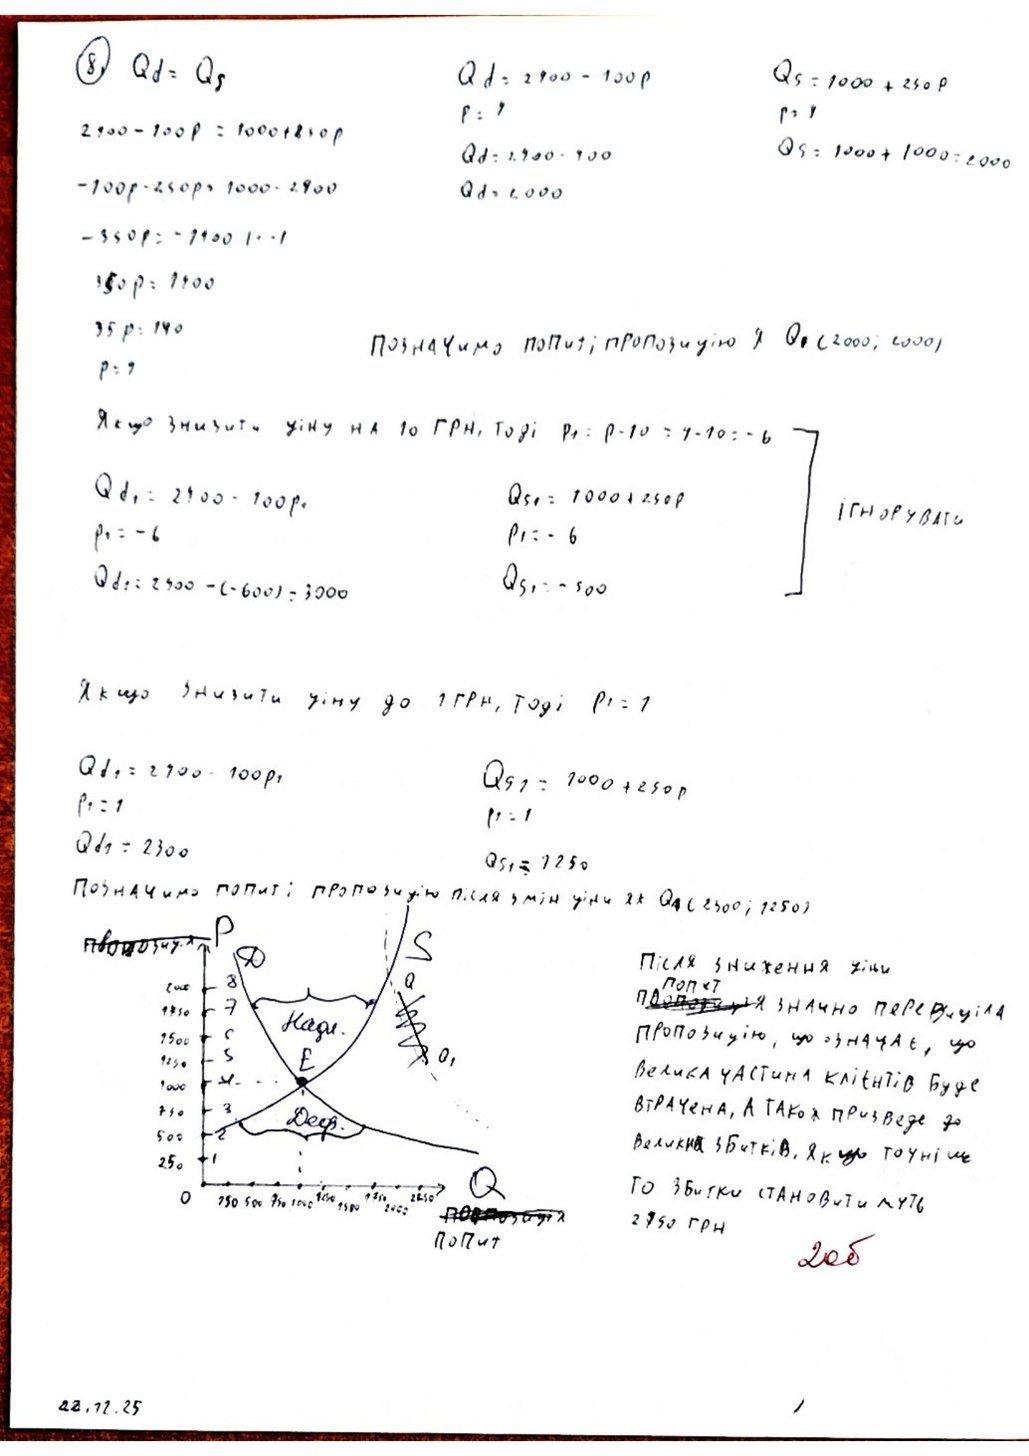
8 Qd = Qs
Qd = 2400 - 100р
Qs = 1000 + 250 P
р = 4
p = 4
2400 - 100 P = 1000 + 250 P
QS = 1000 + 1000 = 2000
Qd = 2400 - 400
-100p-250p =1000-2900
Qd = 2000
- 350р = - 1400 | ⋅⋅ |
350p = 1400
35 p = 140
Позначимо попит і пропозицію я Q1 (2000; 2000)
p = 4
Якщо знизити ціну на 10 грн, тоді p1: p - 10 = 4 - 10 = -6
Qd1 = 2400 - 100p
Qs1 = 1000 + 250P
ігнорувати
p1 = -6
p1=-6
Qd1 = 2400 - (-600) = 3000
Qs1 = - 500
Якщо знизити ціну до 1 грн, тоді p1 = 1
Qd1 = 2400 - 100p1
Qs1 = 1000 + 250p
p1 = 1
р1 = 1
Qd1 = 2300
Qs1 = 1250
Позначимо попит і пропозицію після змін ціни як Q1 (2300; 1250)
Після зниження ціни
~~пропозиція~~{попит} значно перевищіла
пропозицію, що означає, що
велика частина клієнтів буде
втрачена, а також призведе до
великих збитків, якщо точніше
то збитки становитимуть
2750 грн
20б
22.12.2025